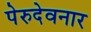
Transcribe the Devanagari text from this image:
पेरुदेवनार